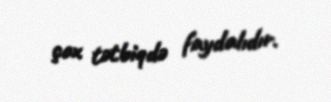
çox tətbiqdə faydalıdır.